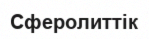
Сферолиттік